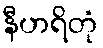
နီဟရိတုံ